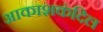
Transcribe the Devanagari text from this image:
आकाशकंदिल